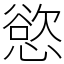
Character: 慾